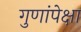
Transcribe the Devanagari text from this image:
गुणांपेक्षा